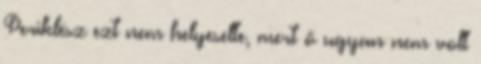
Periklész ezt nem helyeselte, mert ő ugyan nem volt